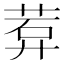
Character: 𬜽